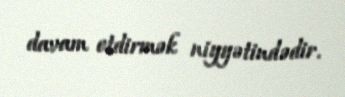
davam etdirmək niyyətindədir.